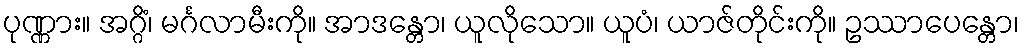
ပုဏ္ဏား။ အဂ္ဂိံ၊ မင်္ဂလာမီးကို။ အာဒန္တော၊ ယူလိုသော။ ယူပံ၊ ယာဇ်တိုင်းကို။ ဥဿာပေန္တော၊